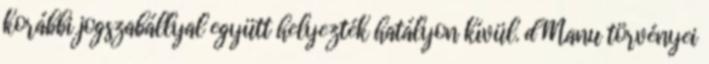
korábbi jogszabállyal együtt helyezték hatályon kívül. d Manu törvényei